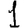
Digit: 1